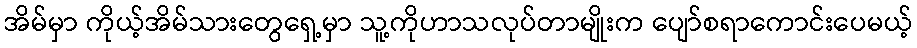
အိမ်မှာ ကိုယ့်အိမ်သားတွေရှေ့မှာ သူ့ကိုဟာသလုပ်တာမျိုးက ပျော်စရာကောင်းပေမယ့်